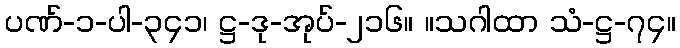
ပဏ်-၁-ပါ-၃၄၁၊ ဋ္ဌ-ဒု-အုပ်-၂၁၆။ ။သဂါထာ သံ-ဋ္ဌ-၇၄။